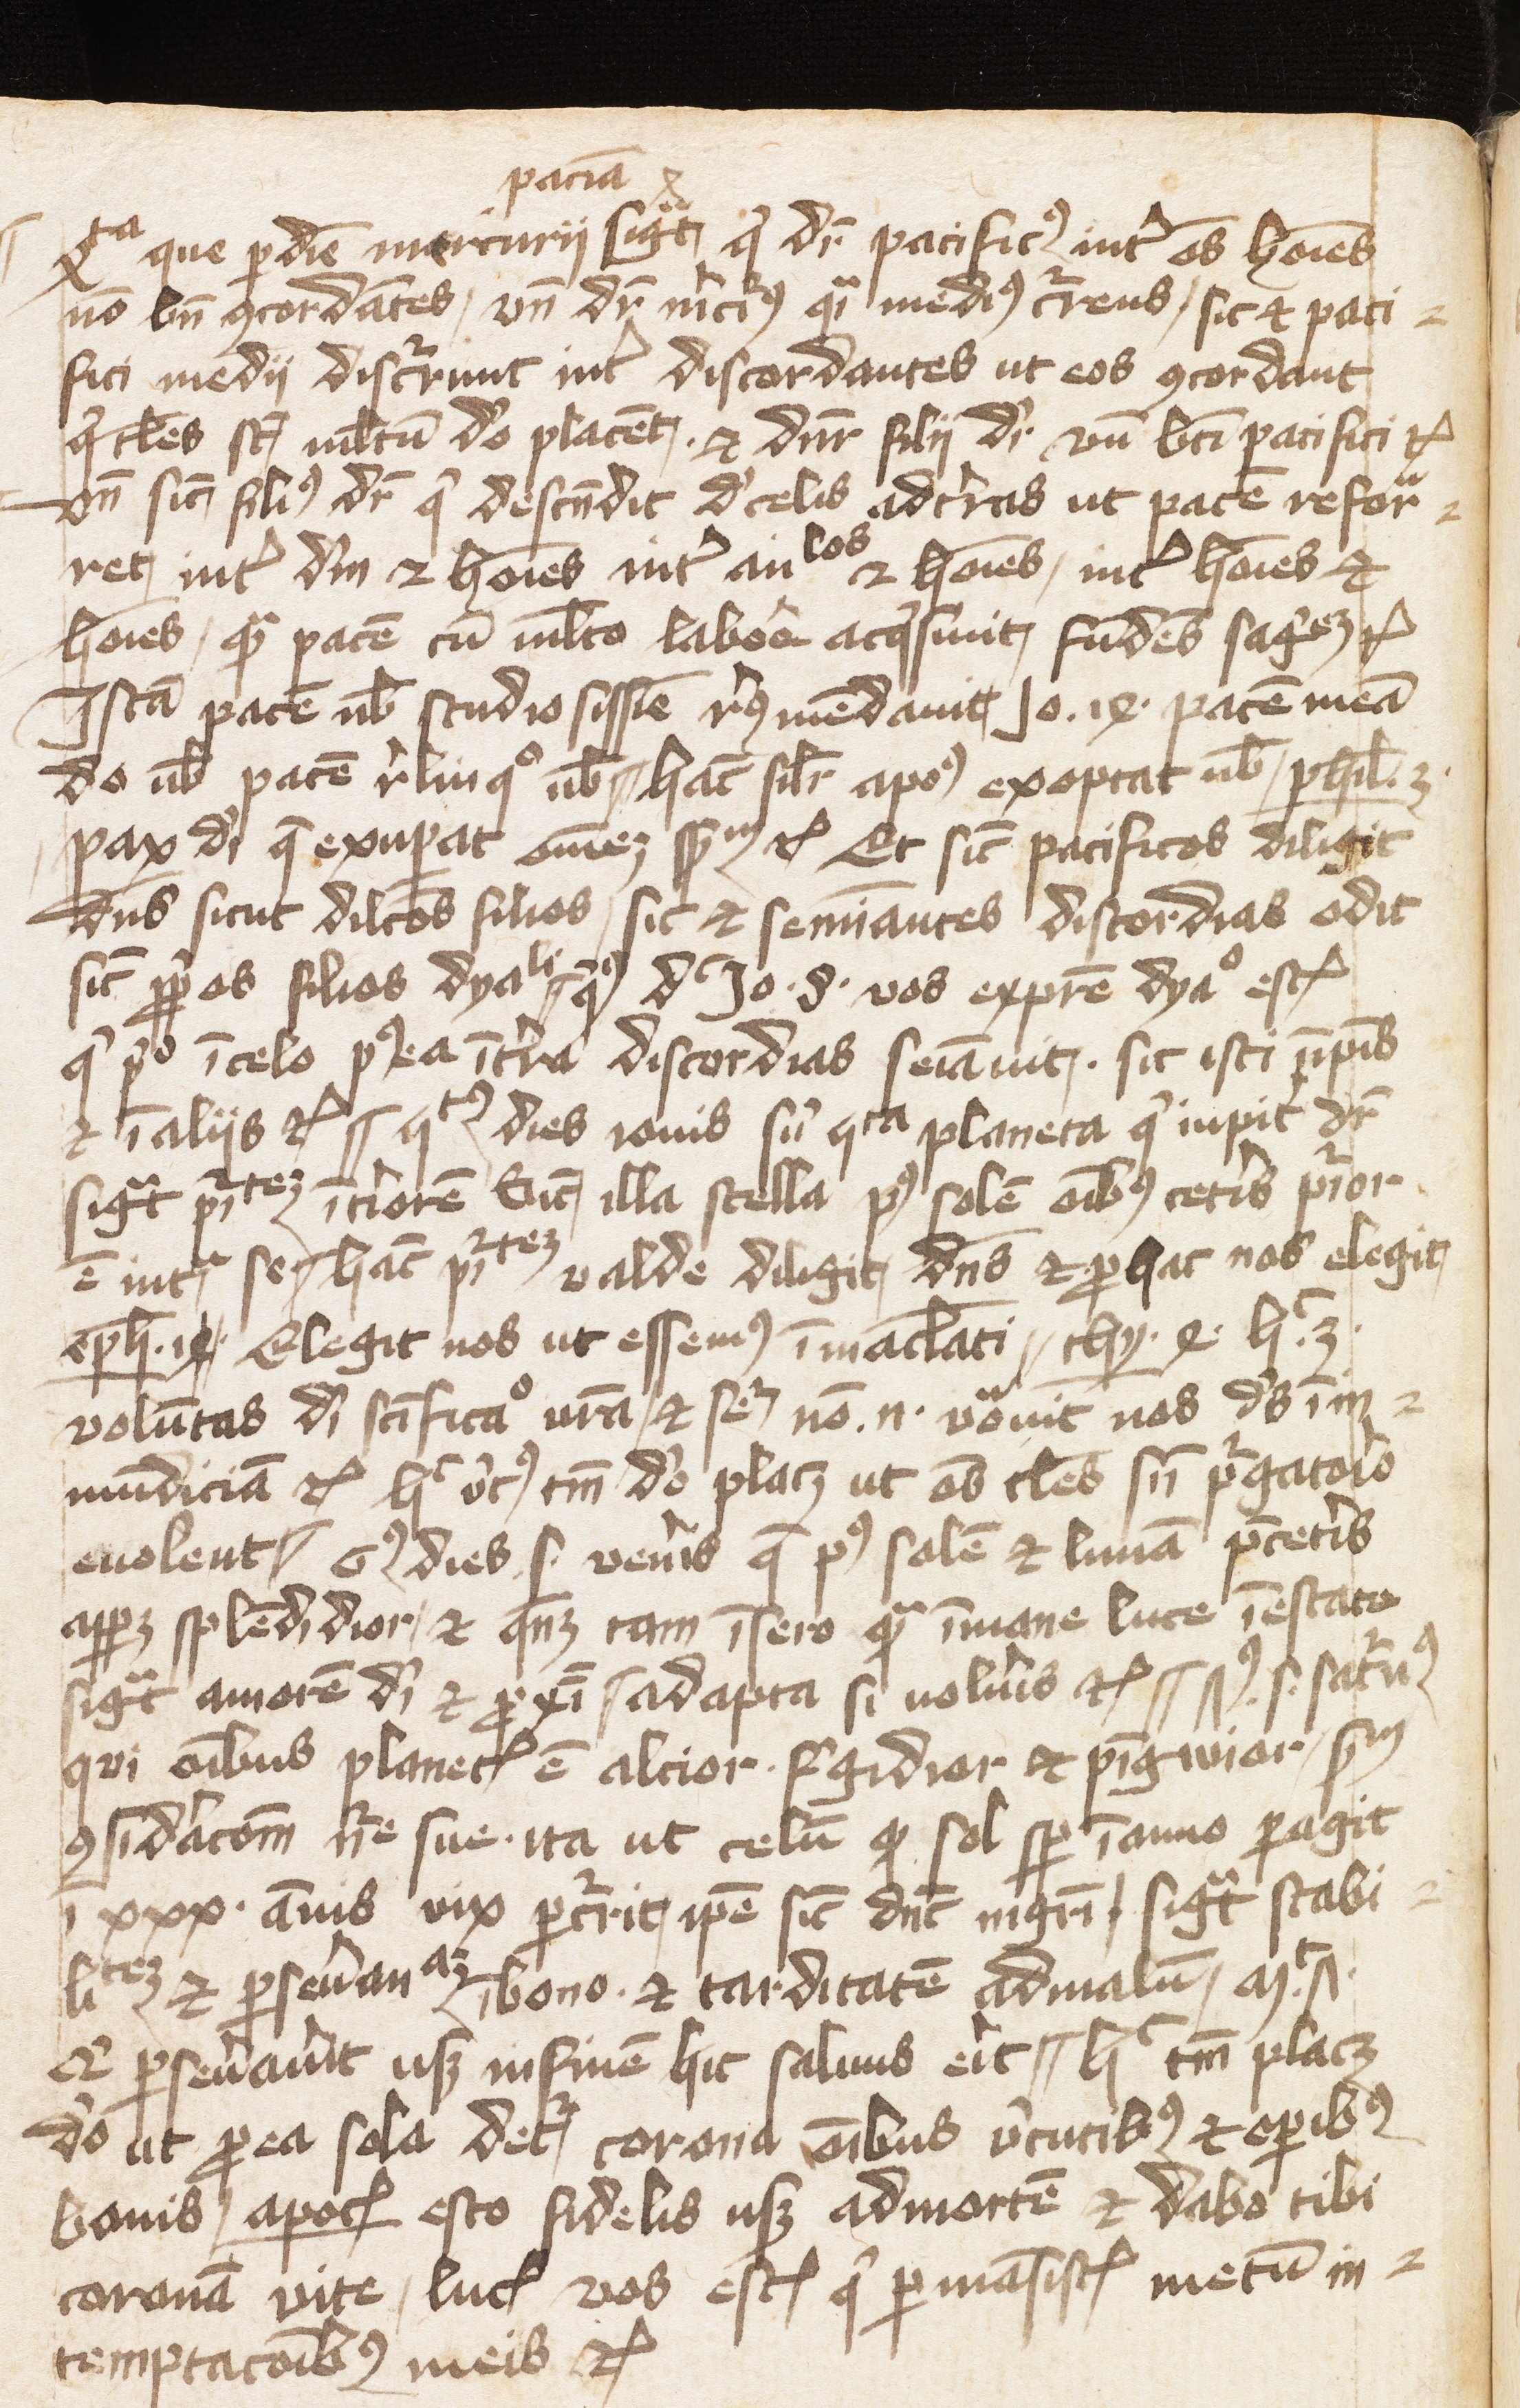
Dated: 1400–1415